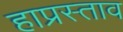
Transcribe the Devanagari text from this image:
हाप्रस्ताव